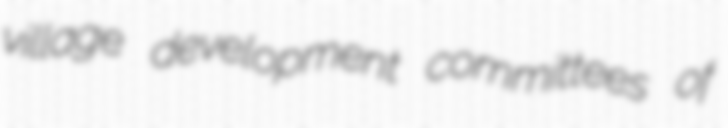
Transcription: village development committees of